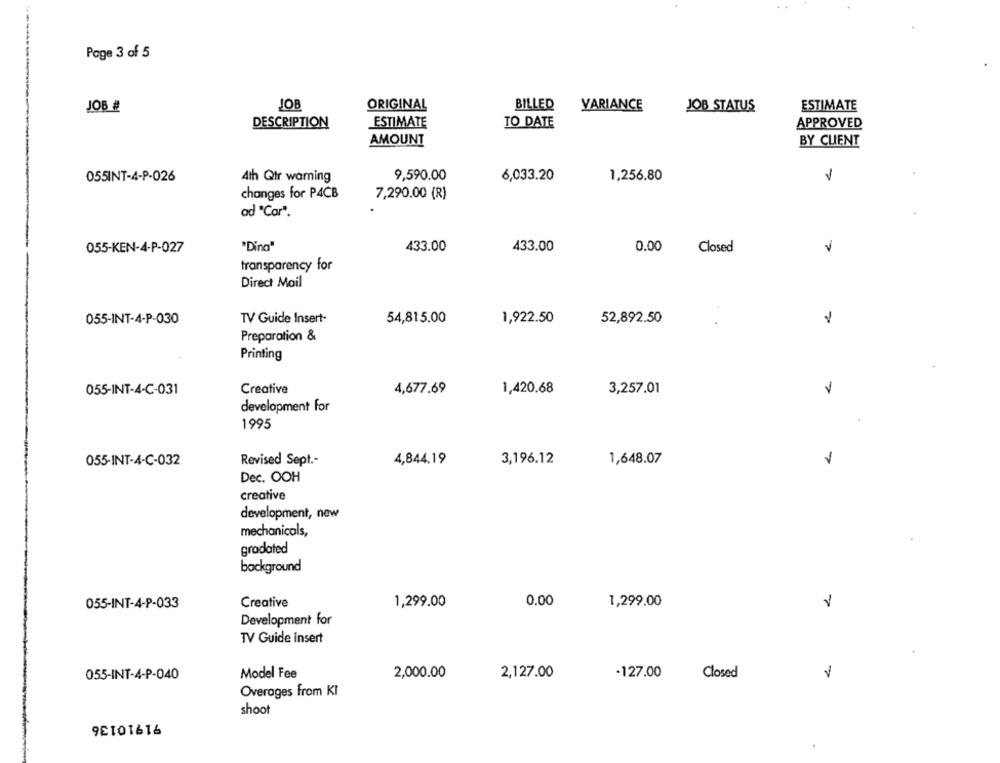
Page 3 of 5
JOB #
JOB
ORIGINAL
BILLED
VARIANCE
JOB STATUS
ESTIMATE
DESCRIPTION
ESTIMATE
TO DATE
APPROVED
AMOUNT
BY CLIENT
055INT-4-P-026
4th Qtr warning
9,590.00
6,033.20
1,256.80
1
changes for P4CB
7,290.00 (R)
ad "Car".
055-KEN-4-P-027
"Ding"
433.00
433.00
0.00
Closed
V
transparency for
Direct Mail
055-INT-4-P-030
TV Guide Insert-
54,815.00
1,922.50
52,892.50
.
Preparation &
Printing
Creative
V
055-INT-4-C-031
4,677.69
1,420.68
3,257.01
development for
1995
055-INT-4-C-032
Revised Sept .-
4,844.19
3,196.12
1,648.07
Dec. OOH
creative
development, new
mechanicals,
gradated
background
055-INT-4-P-033
Creative
1,299.00
0.00
1,299.00
Development for
TV Guide insert
055-INT-4-P-040
Model Fee
2,000.00
2,127.00
-127.00
Closed
V
Overages from KI
91910136
shoot